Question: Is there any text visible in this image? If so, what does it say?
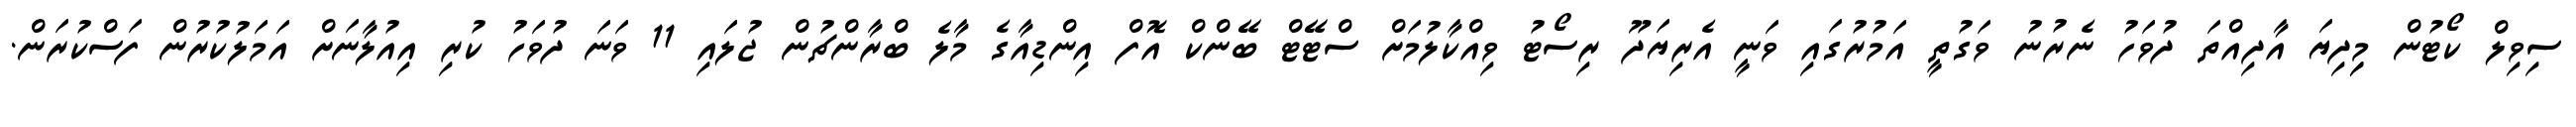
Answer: ސިވިލް ކޯޓުން މިިދިޔަ އާދިއްތަ ދުވަހު ނެރުނު ވަގުތީ އަމުރުގައި ވަނީ އެރިޔަދޫ ރިސޯޓު ވިއްކާލުމަށް ސްޓޭޓް ބޭންކް އޮފް އިންޑިއާގެ މާލެ ބްރާންޗުން ޖުލައި 11 ވަނަ ދުވަހު ކުރި އިއުލާނަށް އަމަލުކުރުން ފަސްކުރަން.